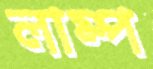
লাম্প